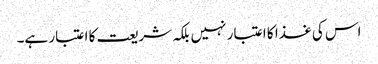
اس کی غذا کا اعتبار نہیں بلکہ شریعت کا اعتبار ہے۔